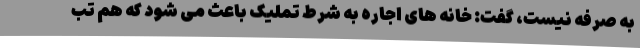
به صرفه نیست، گفت: خانه های اجاره به شرط تملیک باعث می شود که هم تب